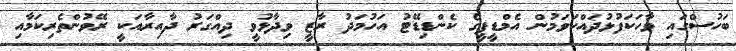
ބަހުސްގައި ވާހަކަފުޅުދައްކަވަމުން އެމްޑީޕީގެ ކެންޑިޑޭޓު އަހުމަދު ރާޒީ ވިދާޅުވީ ދިއްގަރު ދާއިރާއަކީ ރޭވުންތެރިކަމާއި